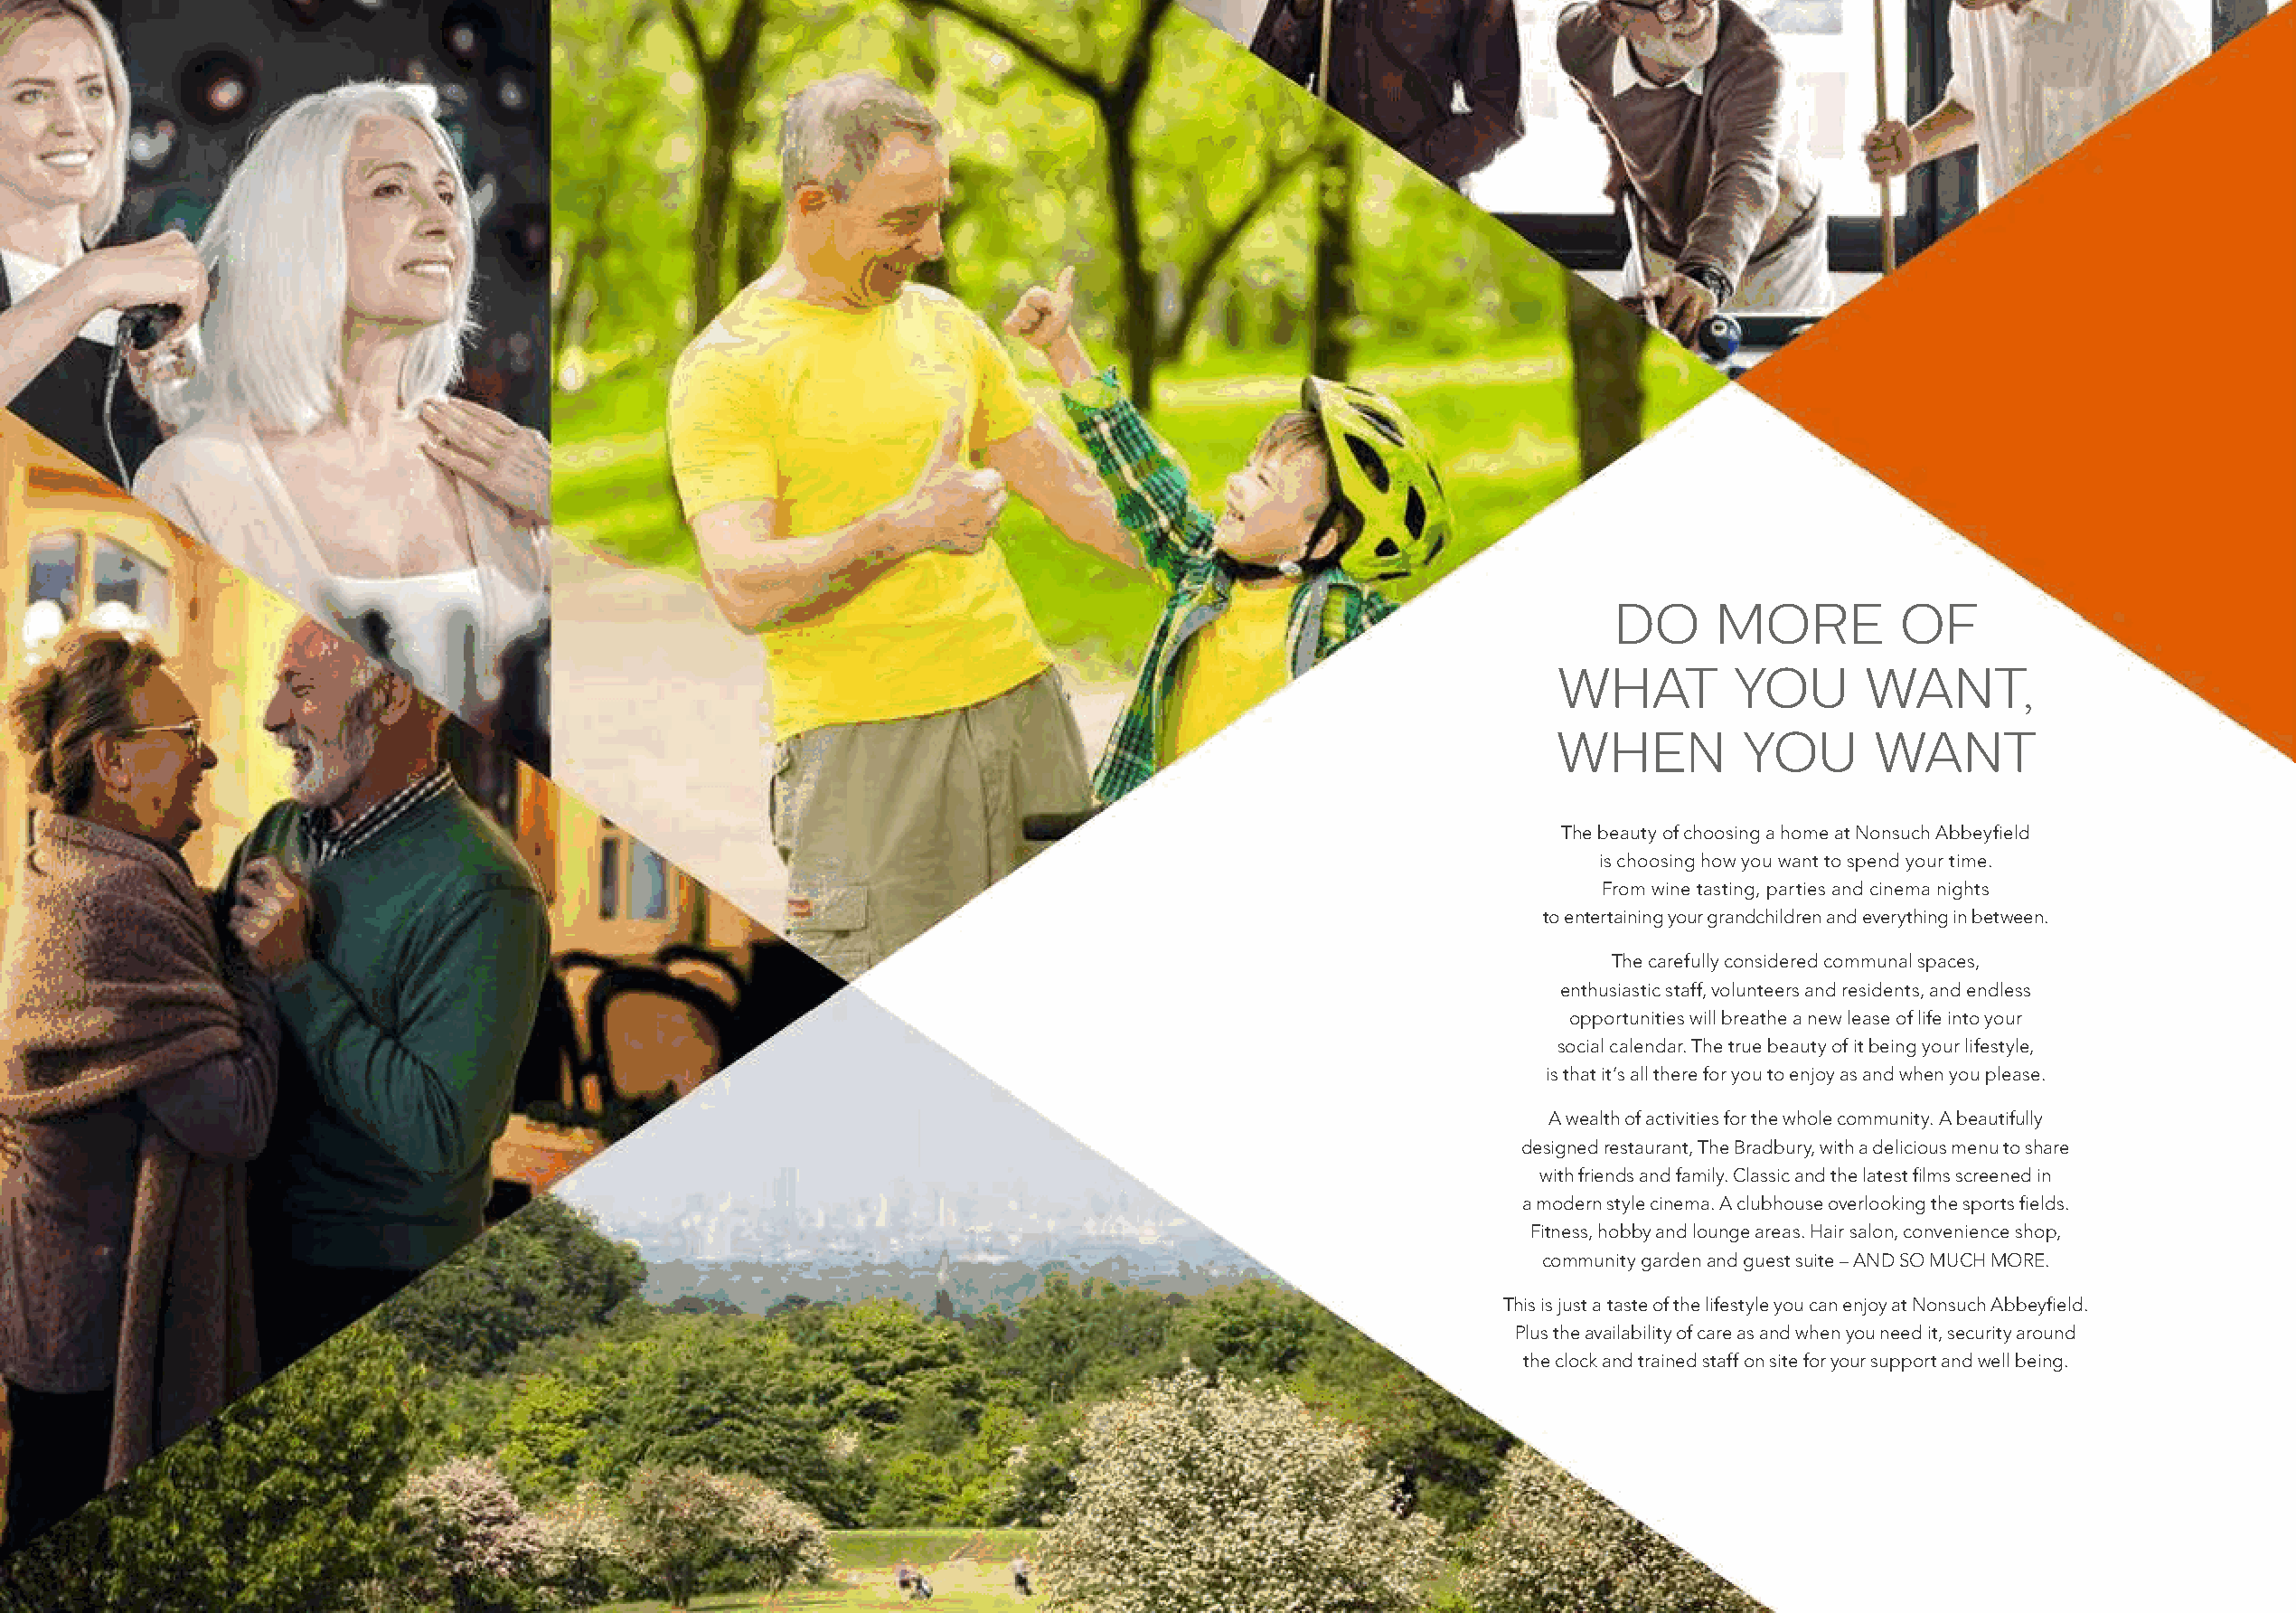
DO      MORE         OF
 WHAT         YOU      WANT,
 WHEN          YOU      WANT
 The beauty of choosing a home at Nonsuch Abbeyfield
 is choosing how you want to spend your time.
 From wine tasting, parties and cinema nights
 to entertaining your grandchildren and everything in between.
 The carefully considered communal spaces,
 enthusiastic staff, volunteers and residents, and endless
 opportunities will breathe a new lease of life into your
 social calendar. The true beauty of it being your lifestyle,
 is that it’s all there for you to enjoy as and when you please.
 A wealth of activities for the whole community. A beautifully
 designed restaurant, The Bradbury, with a delicious menu to share
 with friends and family. Classic and the latest films screened in
 a modern style cinema. A clubhouse overlooking the sports fields.
 Fitness, hobby and lounge areas. Hair salon, convenience shop,
 community garden and guest suite – AND SO MUCH MORE.
 This is just a taste of the lifestyle you can enjoy at Nonsuch Abbeyfield.
 Plus the availability of care as and when you need it, security around
 the clock and trained staff on site for your support and well being.